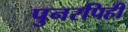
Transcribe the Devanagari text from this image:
पुनरपिही